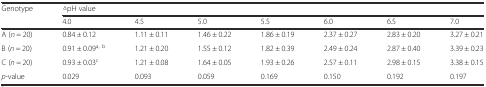
| <ROWSPAN=2> Genotype | <COLSPAN=7> △pH value |
 | 4.0 | 4.5 | 5.0 | 5.5 | 6.0 | 6.5 | 7.0 |
 | --- | --- | --- | --- | --- | --- | --- | --- |
 | A (n = 20) | 0.84 ± 0.12 | 1.11 ± 0.11 | 1.46 ± 0.22 | 1.86 ± 0.19 | 2.37 ± 0.27 | 2.83 ± 0.20 | 3.27 ± 0.21 |
 | B (n = 20) | 0.91 ± 0.09a, b | 1.21 ± 0.20 | 1.55 ± 0.12 | 1.82 ± 0.39 | 2.49 ± 0.24 | 2.87 ± 0.40 | 3.39 ± 0.23 |
 | C (n = 20) | 0.93 ± 0.03c | 1.21 ± 0.08 | 1.64 ± 0.05 | 1.93 ± 0.26 | 2.57 ± 0.11 | 2.98 ± 0.15 | 3.38 ± 0.15 |
 | p-value | 0.029 | 0.093 | 0.059 | 0.169 | 0.150 | 0.192 | 0.197 |